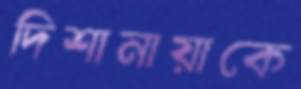
দিশানায়াকে